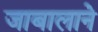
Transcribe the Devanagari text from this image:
जाबालाने